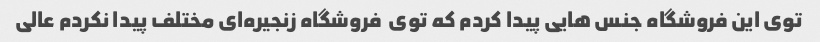
توی این فروشگاه جنس هایی پیدا کردم که توی  فروشگاه زنجیره‌ای مختلف پیدا نکردم عالی